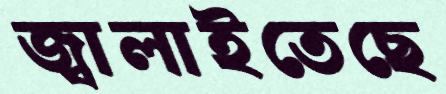
জ্বালাইতেছে